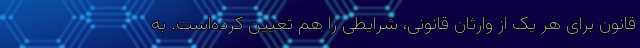
قانون برای هر یک از وارثان قانونی، شرایطی را هم تعیین کرده‌است. به